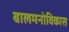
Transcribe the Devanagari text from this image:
बालमनोविकास